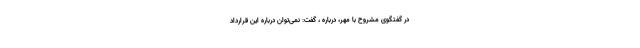
در گفتگوی مشروح با مهر، درباره ، گفت: نمی‌توان درباره این قرارداد